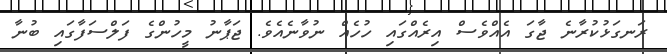
ރަނގަޅުކުރާނެ ޖާގަ އެއްވެސް އިރެއްގައި ހުހެއް ނުވާނެއެވެ. ޖަޕާނު މީހުންގެ ފަލްސަފާގައި ބުނާ